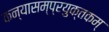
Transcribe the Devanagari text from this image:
कन्यासम्प्रयुक्तकम्